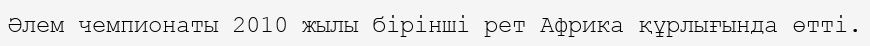
Әлем чемпионаты 2010 жылы бірінші рет Африка құрлығында өтті.